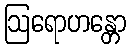
ဩရောဟန္တော